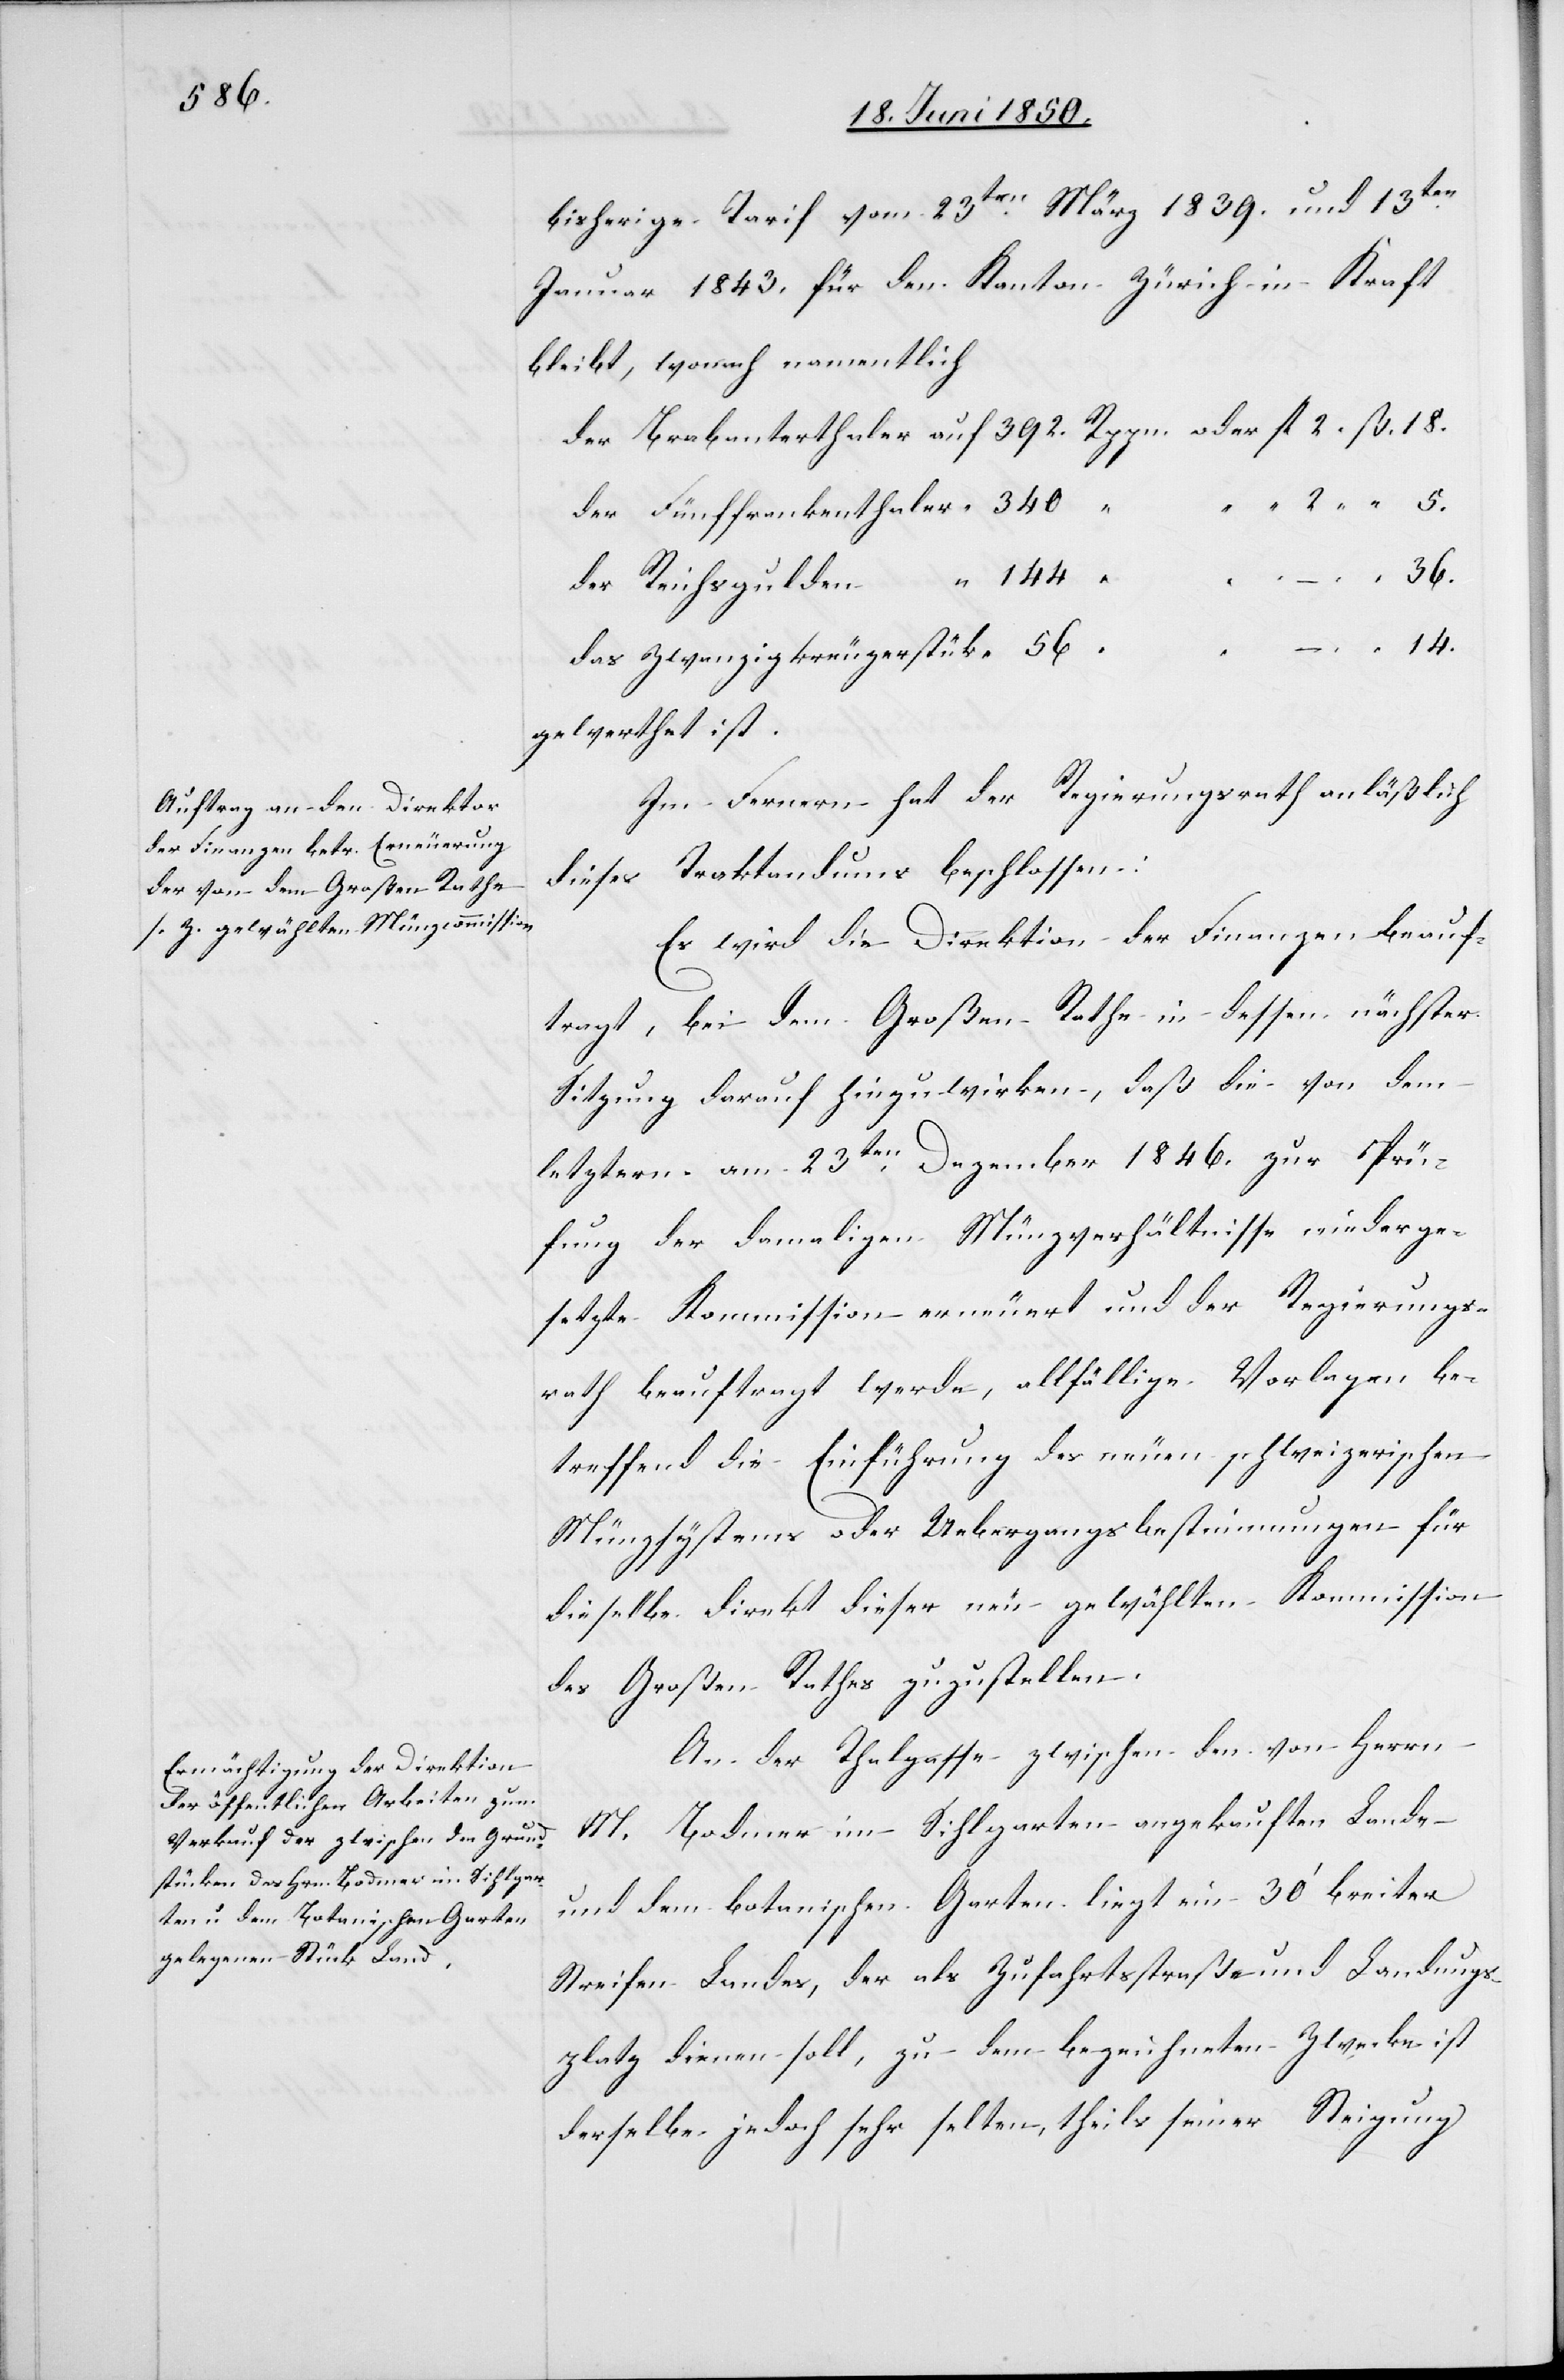
bisherige Tarif vom 23ten März 1839. und 13ten
Januar 1843, für den Kanton Zürich in Kraft
bleibt, wonach namentlich
der Brabanterthaler	auf 392. Rppn. oder fl 2. ß. 18.
“ “ 2. “ 5.
der Fünffrankenthaler	 “ 340 “
36.
der Reichsgulden	 “ 144
das Zwanzigkreuzerstück	 “ 56
gewerthet ist.
Im Fernern hat der Regierungsrath anläßlich
dieses Traktandums beschlossen:
Es wird die Direktion der Finanzen beauf¬
tragt, bei dem Großen Rathe in dessen nächster
Sitzung darauf hinzuwirken, daß die von dem
letztern am 23ten Dezember 1846. zur Prü¬
fung der damaligen Münzverhältnisse niederge¬
setzte Kommission erneuert und der Regierungs¬
rath beauftragt werde, allfällige Vorlagen be¬
treffend die Einführung des neuen schweizerischen
Münzsystems oder Uebergangsbestimmungen für
dieselbe direkt dieser neu gewählten Kommission
des Großen Rathes zuzustellen.
An der Thalgasse zwischen den von Herrn
M. Bodmer im Sihlgarten angekauften Lande
und dem botanischen Garten liegt ein 30‘ breiter
Streifen Landes, der als Zufahrtsstraße und Landungs¬
platz dienen soll, zu dem bezeichneten Zwecke ist
derselbe jedoch sehr selten, theils seiner Steigung